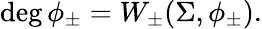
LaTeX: \deg\phi_{\pm}=W_{\pm}(\Sigma,\phi_{\pm}).